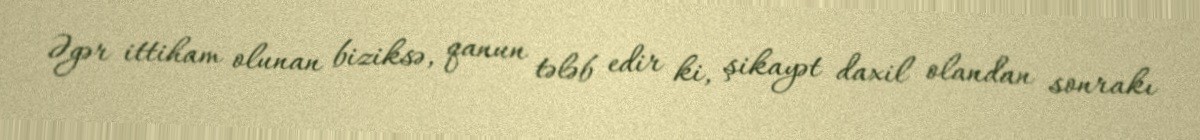
Əgər ittiham olunan biziksə, qanun tələb edir ki, şikayət daxil olandan sonrakı